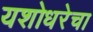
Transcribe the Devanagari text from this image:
यशोधरेचा